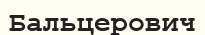
Бальцерович